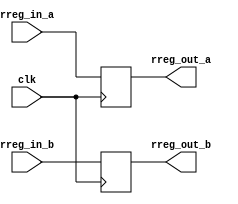
`timescale 1ns / 1ps
//////////////////////////////////////////////////////////////////////////////////
// Company: 
// Engineer: 
// 
// Design Name: 
// Module Name:    alu_reg 
// Project Name: 
// Target Devices: 
// Tool versions: 
// Description: 
//
// Dependencies: 
//
// Revision: 
// Revision 0.01 - File Created
// Additional Comments: 
//
//////////////////////////////////////////////////////////////////////////////////
module reg_reg(
	input [31:0]rreg_in_a,
	input [31:0]rreg_in_b,
	input clk,
	output reg [31:0]rreg_out_a,
	output reg [31:0]rreg_out_b
);

always @ (posedge clk)
begin
	rreg_out_a = rreg_in_a;
	rreg_out_b = rreg_in_b;
end


endmodule